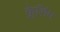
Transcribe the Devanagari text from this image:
क्लेसिंग